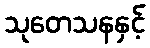
သုတေသနနှင့်